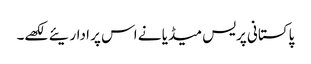
پاکستانی پریس میڈیا نے اس پر اداریئے لکھے۔